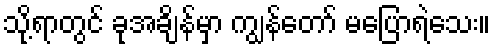
သို့ရာတွင် ခုအချိန်မှာ ကျွန်တော် မပြောရဲသေး။